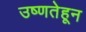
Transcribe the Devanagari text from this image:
उष्णतेहून